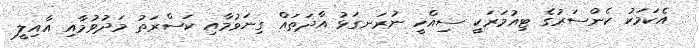
އެކަމަކު ކެންސަރުގެ ޓިއުމަރަކީ ސިއްހީ ނުރަނގަޅު އާދަތައް ގިނަވުމާއި ކަސްރަތު މަދުވުމާއި އާއިލީ